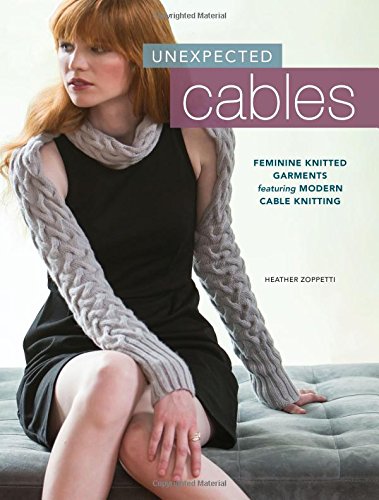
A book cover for Unexpected Cables: Feminine Knitted Garments Featuring Modern Cable Knitting; Heather Zoppetti; Crafts, Hobbies & Home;